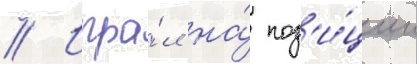
// Игра́л на́ поз'и́ции